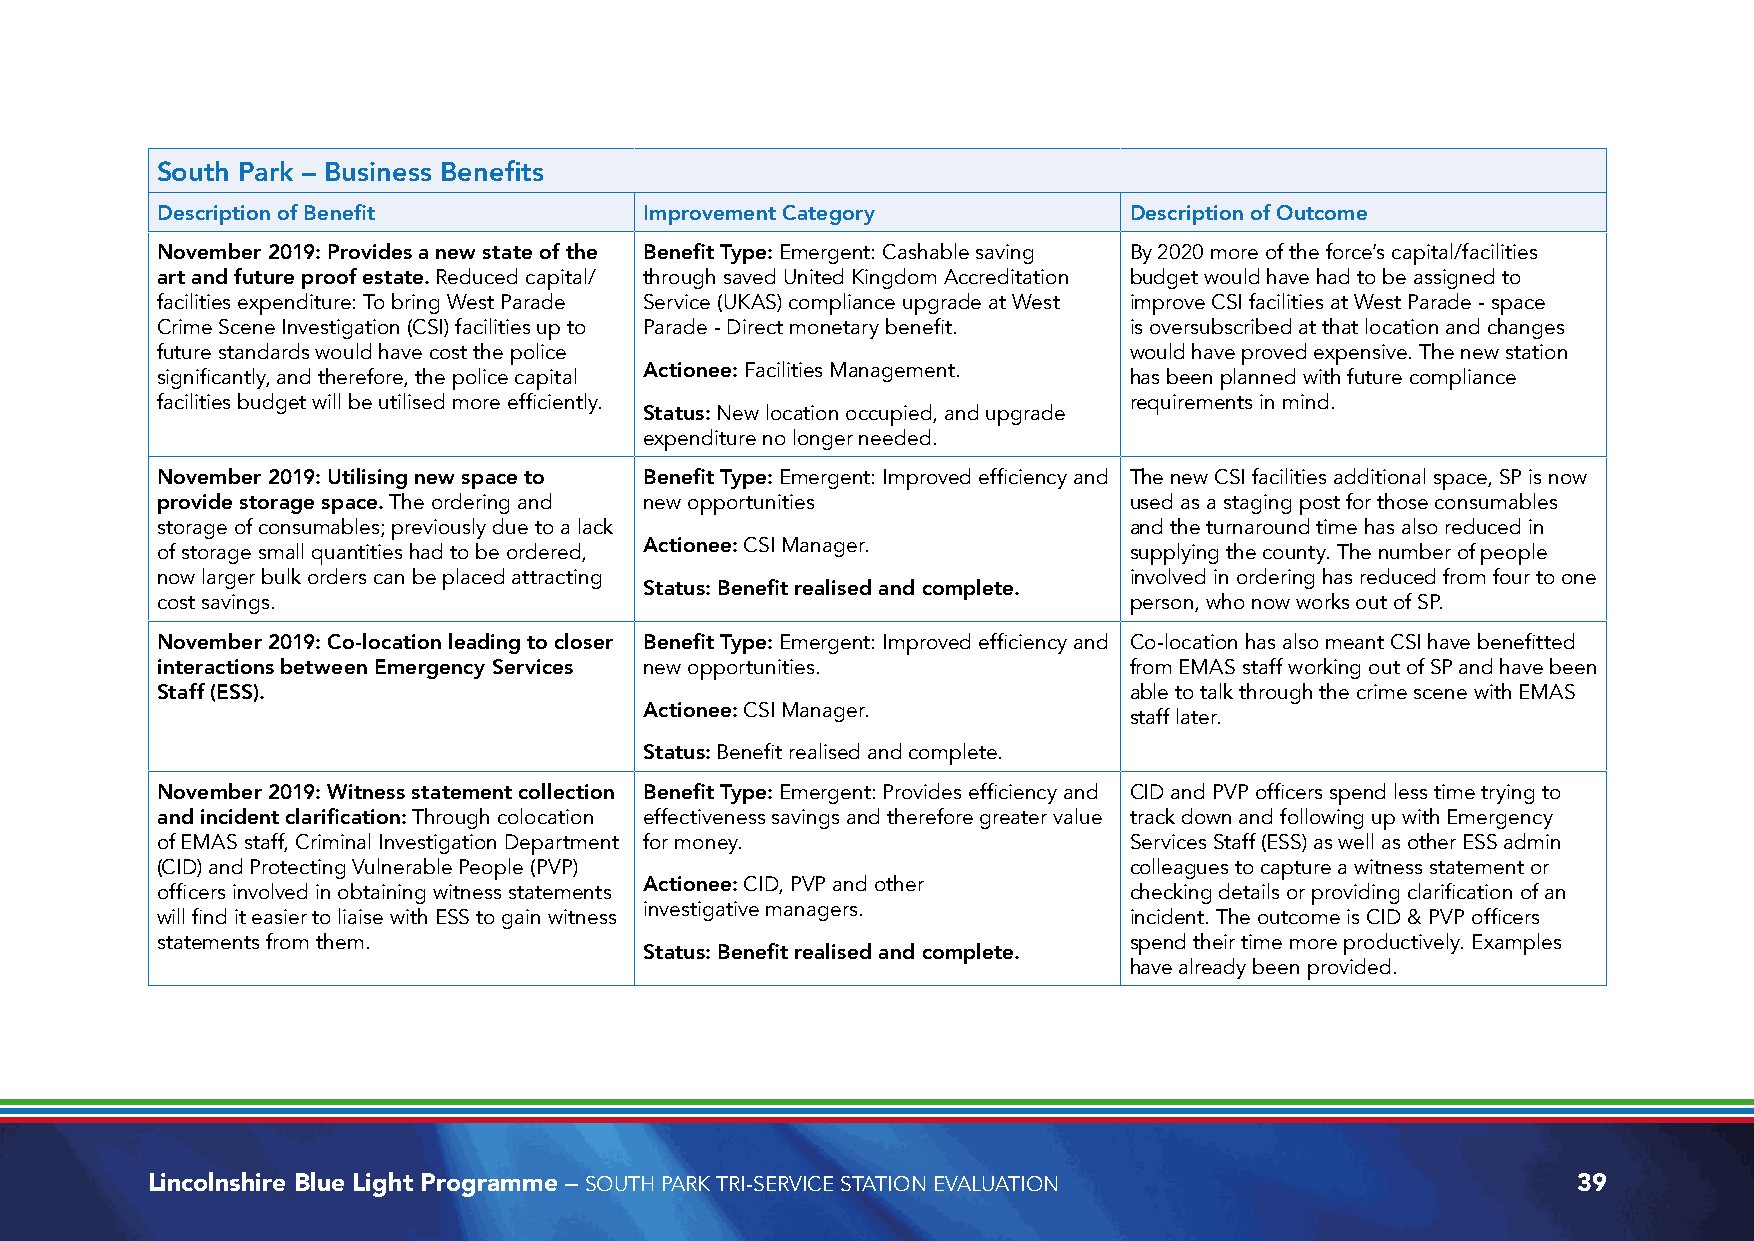
South Park – Business Benefits
 Description of Benefit           Improvement Category            Description of Outcome
 November 2019: Provides a new state of the Benefit Type: Emergent: Cashable saving By 2020 more of the force’s capital/facilities
 art and future proof estate. Reduced capital/ through saved United Kingdom Accreditation budget would have had to be assigned to
 facilities expenditure: To bring West Parade Service (UKAS) compliance upgrade at West improve CSI facilities at West Parade - space
 Crime Scene Investigation (CSI) facilities up to Parade - Direct monetary benefit. is oversubscribed at that location and changes
 future standards would have cost the police                      would have proved expensive. The new station
 Actionee: Facilities Management.
 significantly, and therefore, the police capital                 has been planned with future compliance
 facilities budget will be utilised more efficiently.             requirements in mind.
 Status: New location occupied, and upgrade
 expenditure no longer needed.
 November 2019: Utilising new space to Benefit Type: Emergent: Improved efficiency and The new CSI facilities additional space, SP is now
 provide storage space. The ordering and new opportunities        used as a staging post for those consumables
 storage of consumables; previously due to a lack                 and the turnaround time has also reduced in
 Actionee: CSI Manager.
 of storage small quantities had to be ordered,                   supplying the county. The number of people
 now larger bulk orders can be placed attracting                  involved in ordering has reduced from four to one
 Status: Benefit realised and complete.
 cost savings.                                                    person, who now works out of SP.
 November 2019: Co-location leading to closer Benefit Type: Emergent: Improved efficiency and Co-location has also meant CSI have benefitted
 interactions between Emergency Services new opportunities.       from EMAS staff working out of SP and have been
 Staff (ESS).                                                     able to talk through the crime scene with EMAS
 Actionee: CSI Manager.
 staff later.
 Status: Benefit realised and complete.
 November 2019: Witness statement collection Benefit Type: Emergent: Provides efficiency and CID and PVP officers spend less time trying to
 and incident clarification: Through colocation effectiveness savings and therefore greater value track down and following up with Emergency
 of EMAS staff, Criminal Investigation Department for money.      Services Staff (ESS) as well as other ESS admin
 (CID) and Protecting Vulnerable People (PVP)                     colleagues to capture a witness statement or
 Actionee: CID, PVP and other
 officers involved in obtaining witness statements                checking details or providing clarification of an
 investigative managers.
 will find it easier to liaise with ESS to gain witness           incident. The outcome is CID & PVP officers
 statements from them.                                            spend their time more productively. Examples
 Status: Benefit realised and complete.
 have already been provided.
 Lincolnshire Blue Light Programme – SOUTH PARK TRI-SERVICE STATION EVALUATION                 39